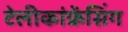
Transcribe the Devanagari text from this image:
टेलीकांफ्रेंसिंग